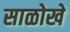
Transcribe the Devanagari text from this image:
साळोखे